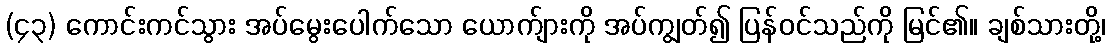
(၄၃) ကောင်းကင်သွား အပ်မွေးပေါက်သော ယောက်ျားကို အပ်ကျွတ်၍ ပြန်ဝင်သည်ကို မြင်၏။ ချစ်သားတို့၊